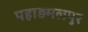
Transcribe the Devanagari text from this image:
पहाड़मलपुर